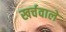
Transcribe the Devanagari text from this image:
खर्चवाले